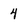
Character: 4